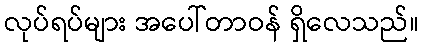
လုပ်ရပ်များ အပေါ်တာဝန် ရှိလေသည်။